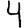
Digit: 4